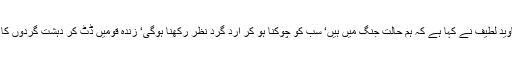
2016ء) مسلم لیگ (ن) کے رہنما رکن قومی اسمبلی جاوید لطیف نے کہا ہے کہ ہم حالت جنگ میں ہیں‘ سب کو چوکنا ہو کر ارد گرد نظر رکھنا ہوگی‘ زندہ قومیں ڈٹ کر دہشت گردوں کا مقابلہ کرتی ہیں‘ دہشت گرد آخری سانسیں لے رہے ہیں۔